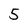
Character: 5